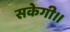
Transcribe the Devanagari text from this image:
सकेगी।।